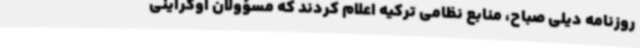
روزنامه دیلی صباح، منابع نظامی ترکیه اعلام کردند که مسؤولان اوکراینی